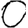
Digit: 0